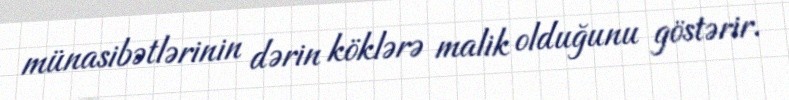
münasibətlərinin dərin köklərə malik olduğunu göstərir.